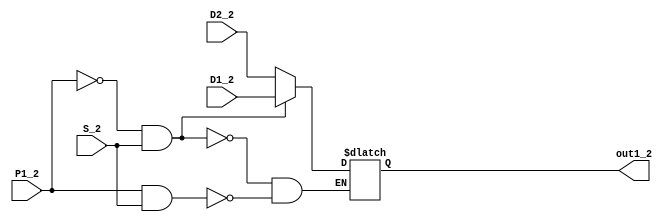
`timescale 1ns / 1ps
//////////////////////////////////////////////////////////////////////////////////
// Company: 
// Engineer: 
// 
// Design Name: 
// Module Name: Dataselector2
// Project Name: 
// Target Devices: 
// Tool Versions: 
// Description: 
// 
// Dependencies: 
// 
// Revision:
// Revision 0.01 - File Created
// Additional Comments:
// 
//////////////////////////////////////////////////////////////////////////////////


module Dataselector2#(parameter WIDTH =4)(D1_2,D2_2,P1_2,S_2,out1_2);

    input [WIDTH-1:0]D1_2;
    input [WIDTH-1:0]D2_2;
    input P1_2;
    input S_2;
    output reg [WIDTH-1:0]out1_2;
    always @ * 
    begin
    if     ((~P1_2)&S_2)    out1_2<=D1_2;
    else if(P1_2&S_2)       out1_2<=D2_2;
    end
endmodule